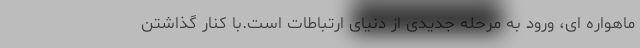
ماهواره ای، ورود به مرحله جدیدی از دنیای ارتباطات است.با کنار گذاشتن